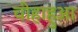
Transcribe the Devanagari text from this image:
चीहाहुआ